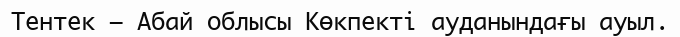
Тентек – Абай облысы Көкпекті ауданындағы ауыл.